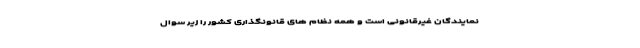
نمایندگان غیرقانونی است و همه نظام های قانونگذاری کشور را زیر سوال